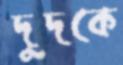
দুদকে